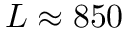
L \approx 8 5 0